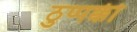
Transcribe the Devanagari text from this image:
ठुप्पक्की